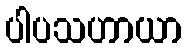
ပါပသဟာယာ